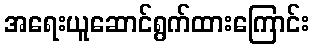
အရေးယူဆောင်ရွက်ထားကြောင်း